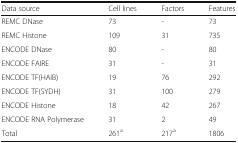
| Data source | Cell lines | Factors | Features |
 | --- | --- | --- | --- |
 | REMC DNase | 73 | - | 73 |
 | REMC Histone | 109 | 31 | 735 |
 | ENCODE DNase | 80 | - | 80 |
 | ENCODE FAIRE | 31 | - | 31 |
 | ENCODE TF(HAIB) | 19 | 76 | 292 |
 | ENCODE TF(SYDH) | 31 | 100 | 279 |
 | ENCODE Histone | 18 | 42 | 267 |
 | ENCODE RNA Polymerase | 31 | 2 | 49 |
 | Total | 261a | 217a | 1806 |